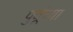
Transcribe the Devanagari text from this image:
पुर्वूच्या